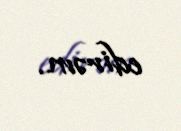
edirəm.